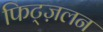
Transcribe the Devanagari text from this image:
फिट्ज़लन